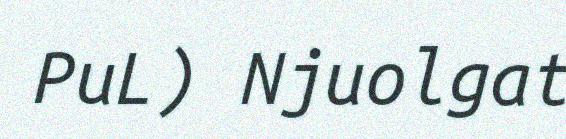
PuL) Njuolgat